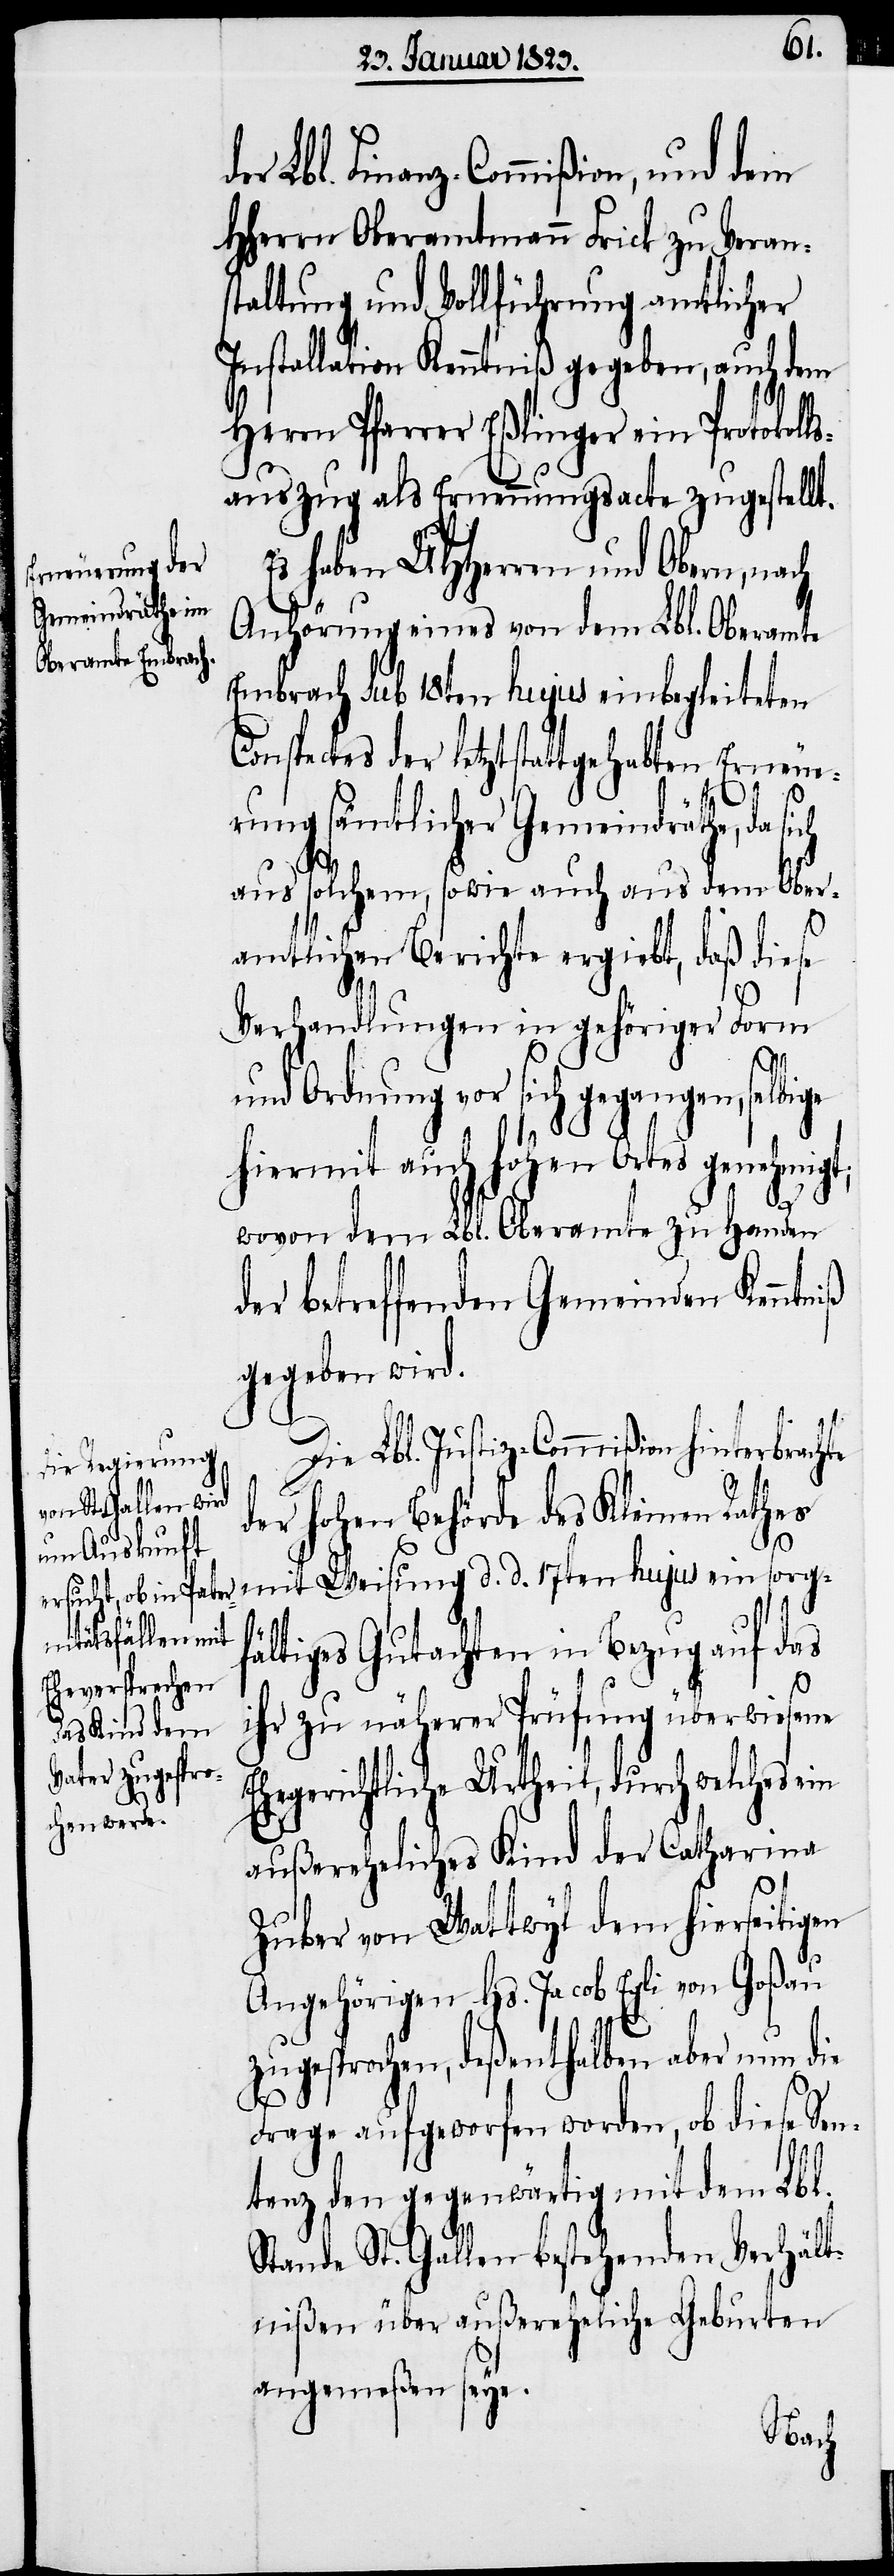
er Lbl. Finanz-Commißion, und dem
HHerrn Oberamtmann Frick zu Veran¬
staltung und Vollführung amtlicher
Installation Kenntniß gegeben, auch dem
Herrn Pfarrer Eßlinger ein Protokol¬
auszug als Ernennungsacte zugestell¬
Es haben UHHerren und Obern, nach
Anhörung eines von dem Lbl. Oberamte
Embrach sub 18ten hujus einbegleiteten
Conspectes der letztstattgehabten Erneue¬
ls¬
rung sämtlicher Gemeindräthe, da sich
aus solchem, sowie auch aus dem Ober¬
amtlichen Berichte ergiebt, daß diese
Verhandlungen in gehöriger Form
und Ordnung vor sich gegangen, selbige
hiermit auch hohen Ortes genehmig¬
E¬
wovon dem Lbl. Oberamte zu Handen
der betreffenden Gemeinden Kenntn¬
gegeben wird.
Die Lbl. Justiz-Commißion hinterbrachte
er hohen Behörde des Kleinen Rathes
mit Weisung d. d. 17ten hujus ein sorgf¬
ältiges Gutachten in Bezug auf das
ihr zu näherer Prüfung überwiesene
hegerichtliche Urtheil, durch welches
außereheliches Kind der Catharina
Zuber von Wattwyl dem hierseitigen
Angehörigen Hs. Jacob Egli von Goßau
zugesprochen, deßenthalben aber nun die
Frage aufgeworfen worden, ob diese Sen¬
tenz den gegenwärtig mit dem Lbl.
Stande St. Gallen bestehenden Verhält¬
nißen über außereheliche Geburten
angemeßen seye.